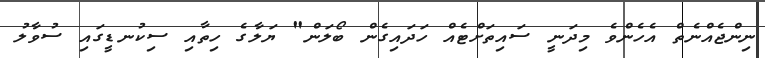
ނިންޖެއްނެތް އެހެންވެ މިދަނީ ސައިތަށްޓެއް ހަދައިގެން ބޯލަން" ޔަލާގެ ހިތާއި ސިކުނޑީގައި ސުވާލު